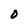
Character: O